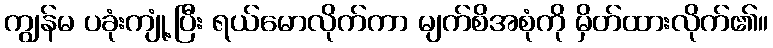
ကျွန်မ ပခုံးကျုံ့ပြီး ရယ်မောလိုက်ကာ မျက်စိအစုံကို မှိတ်ထားလိုက်၏။